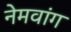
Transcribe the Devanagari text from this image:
नेमवांग